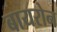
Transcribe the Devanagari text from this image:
बायरोन